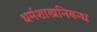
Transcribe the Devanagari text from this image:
धर्मशास्त्रनिबन्ध